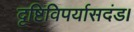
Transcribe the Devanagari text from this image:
दृष्टिविपर्यासदंड।